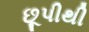
છૂપીથી